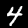
Digit: 4